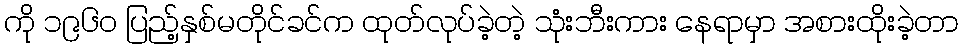
ကို ၁၉၆၀ ပြည့်နှစ်မတိုင်ခင်က ထုတ်လုပ်ခဲ့တဲ့ သုံးဘီးကား နေရာမှာ အစားထိုးခဲ့တာ